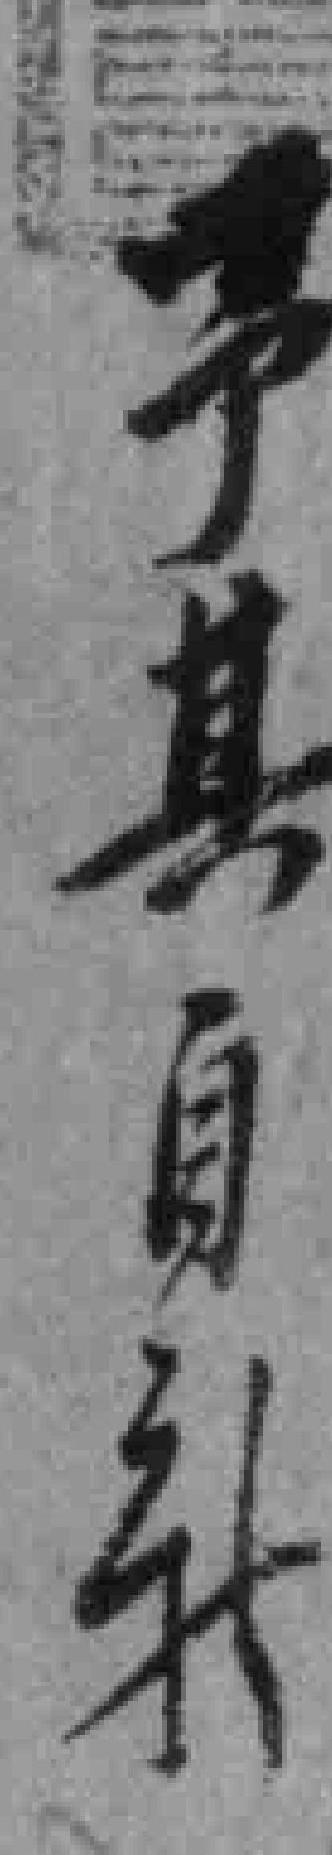
予其自新